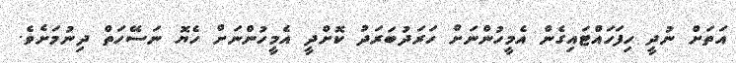
އަތަށް ނުދީ ހިފަހައްޓައިގެން އެމީހުންނަށް ހަރަދުބަރަދު ކޮށްދީ އެމީހުންނަށް ހެޔޮ ނަސޭހަތް ދިނުމަށެވެ.